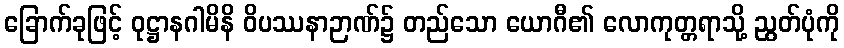
ခြောက်ခုဖြင့် ဝုဋ္ဌာနဂါမိနိ ဝိပဿနာဉာဏ်၌ တည်သော ယောဂီ၏ လောကုတ္တရာသို့ ညွတ်ပုံကို